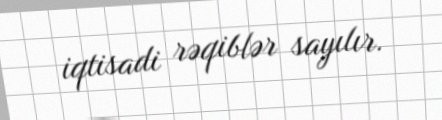
iqtisadi rəqiblər sayılır.